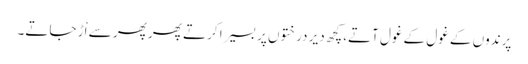
پرندوں کے غول کے غول آتے،کچھ دیر درختوں پر بسیرا کرتے پھر پھر سے اْڑ جاتے۔